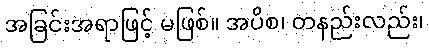
အခြင်းအရာဖြင့် မဖြစ်။ အပိစ၊ တနည်းလည်း၊